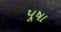
પૂષા